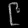
Digit: ၉